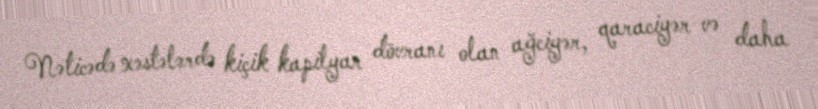
Nəticədə xəstələrdə kiçik kapilyar dövranı olan ağciyər, qaraciyər və daha